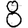
Digit: 8